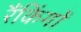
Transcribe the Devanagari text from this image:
रैंकिंगों